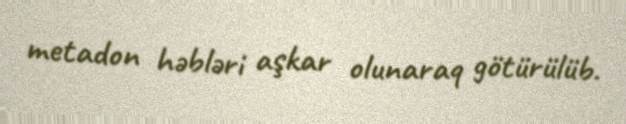
metadon həbləri aşkar olunaraq götürülüb.